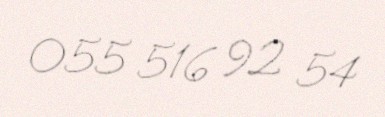
055 516 92 54